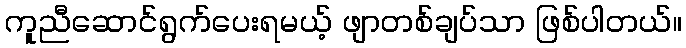
ကူညီဆောင်ရွက်ပေးရမယ့် ဖျာတစ်ချပ်သာ ဖြစ်ပါတယ်။